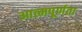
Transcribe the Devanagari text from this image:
आत्मपूर्णता